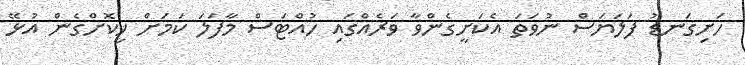
ހަށިގަނޑު ފަލަޔަސް ނުވަތަ އެކަށީގެންވާ ވަރެއްގައި ހުއްޓަސް މާފަލަ ކަމަށް ހީކޮށްގެން އުޅޭ